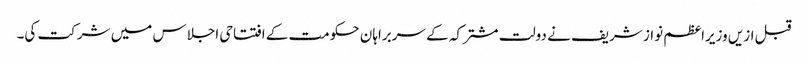
قبل ازیں وزیراعظم نواز شریف نے دولت مشترکہ کے سربراہان حکومت کے افتتاحی اجلاس میں شرکت کی۔